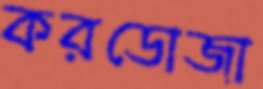
করডোজা